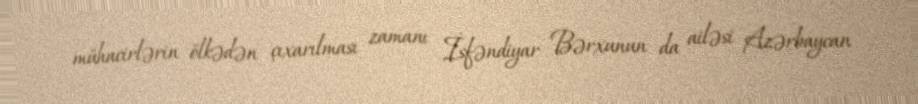
mühacirlərin ölkədən çıxarılması zamanı İsfəndiyar Bərxunun da ailəsi Azərbaycan